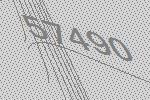
57490